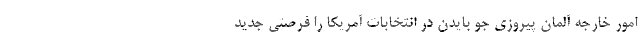
امور خارجه آلمان پیروزی جو بایدن در انتخابات آمریکا را فرصتی جدید